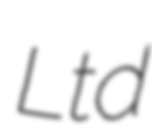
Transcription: Ltd